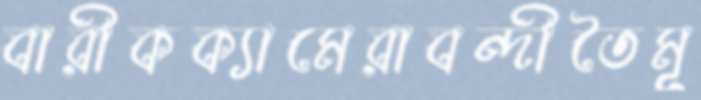
বারীকক্যামেরাবন্দীতৈমূ